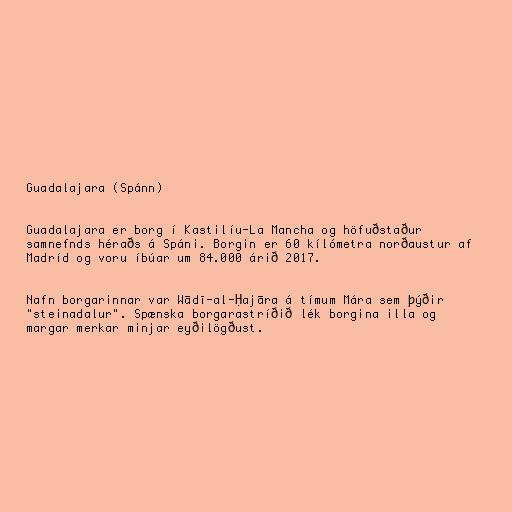
Guadalajara (Spánn)

Guadalajara er borg í Kastilíu-La Mancha og höfuðstaður
samnefnds héraðs á Spáni. Borgin er 60 kílómetra norðaustur af
Madríd og voru íbúar um 84.000 árið 2017.

Nafn borgarinnar var Wādī-al-Ḥajāra á tímum Mára sem þýðir
"steinadalur". Spænska borgarastríðið lék borgina illa og
margar merkar minjar eyðilögðust.